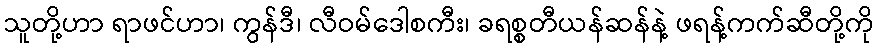
သူတို့ဟာ ရာဖင်ဟာ၊ ကွန်ဒီ၊ လီဝမ်ဒေါစကီး၊ ခရစ္စတီယန်ဆန်နဲ့ ဖရန့်ကက်ဆီတို့ကို